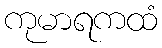
ကုမာရကထံ